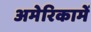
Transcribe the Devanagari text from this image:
अमेरिकामें